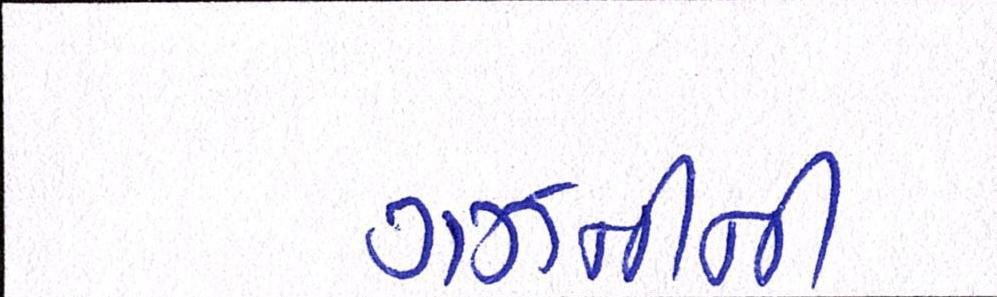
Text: ગઝનીની